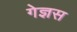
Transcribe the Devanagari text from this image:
गेज्ञस